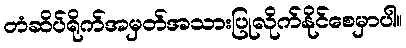
တံဆိပ်ရိုက်အမှတ်အသားပြုလိုက်နိုင်စေမှာပါ။